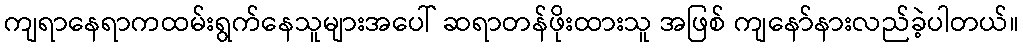
ကျရာနေရာကထမ်းရွက်နေသူများအပေါ် ဆရာတန်ဖိုးထားသူ အဖြစ် ကျနော်နားလည်ခဲ့ပါတယ်။